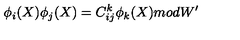
\phi _ { i } ( X ) \phi _ { j } ( X ) = C _ { i j } ^ { k } \phi _ { k } ( X ) m o d W ^ { \prime }